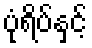
ပုံရိပ်နှင့်